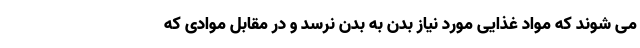
می شوند که مواد غذایی مورد نیاز بدن به بدن نرسد و در مقابل موادی که